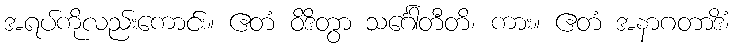
အရပ်ကိုလည်းကောင်း။ ဧတံ ဝိဒိတွာ သင်္ဂေါတီတိ၊ ကား။ ဧတံ အနာဂတာဒိံ၊